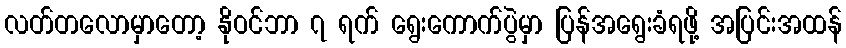
လတ်တလောမှာတော့ နိုဝင်ဘာ ၇ ရက် ရွေးကောက်ပွဲမှာ ပြန်အရွေးခံရဖို့ အပြင်းအထန်